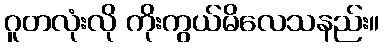
ဂူတလုံးလို ကိုးကွယ်မိလေသနည်း။